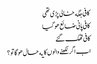
کافی جگه خالی پڑی تھی
کافی پانی ضائع هو گیا
کافی تھک گئے
اب اگر لکھنے والوں کا یه حال هو گا تو ؟